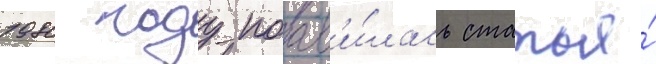
1980 году поав'и́лась статья́